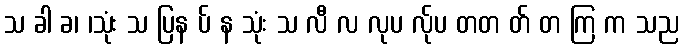
သ ခါ ခ၊ ၊သုံး သ ပြန ပ် န သုံး သ လီ လ လုပ လ်ုပ တတ တ် တ ကြ က သည